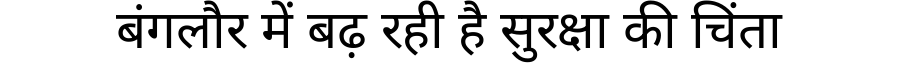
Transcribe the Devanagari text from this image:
बंगलौर में बढ़ रही है सुरक्षा की चिंता